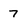
Character: 7